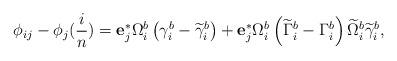
LaTeX: \begin{align*}\phi_{ij}-\phi_j(\frac{i}{n})= \mathbf{e}_j^* \Omega_i^b\left(\gamma_i^b-\widetilde{\gamma}^b_i\right)+\mathbf{e}_j^*\Omega_i^b\left( \widetilde{\Gamma}^b_i-\Gamma^b_i \right) \widetilde{\Omega}_i^b\widetilde{\gamma}_i^b,\end{align*}